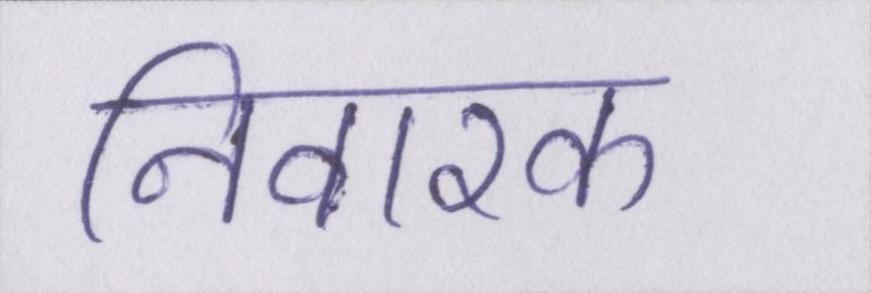
निवारक